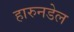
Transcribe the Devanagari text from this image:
हारुनडेल